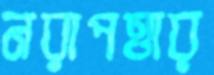
নরাপত্তার